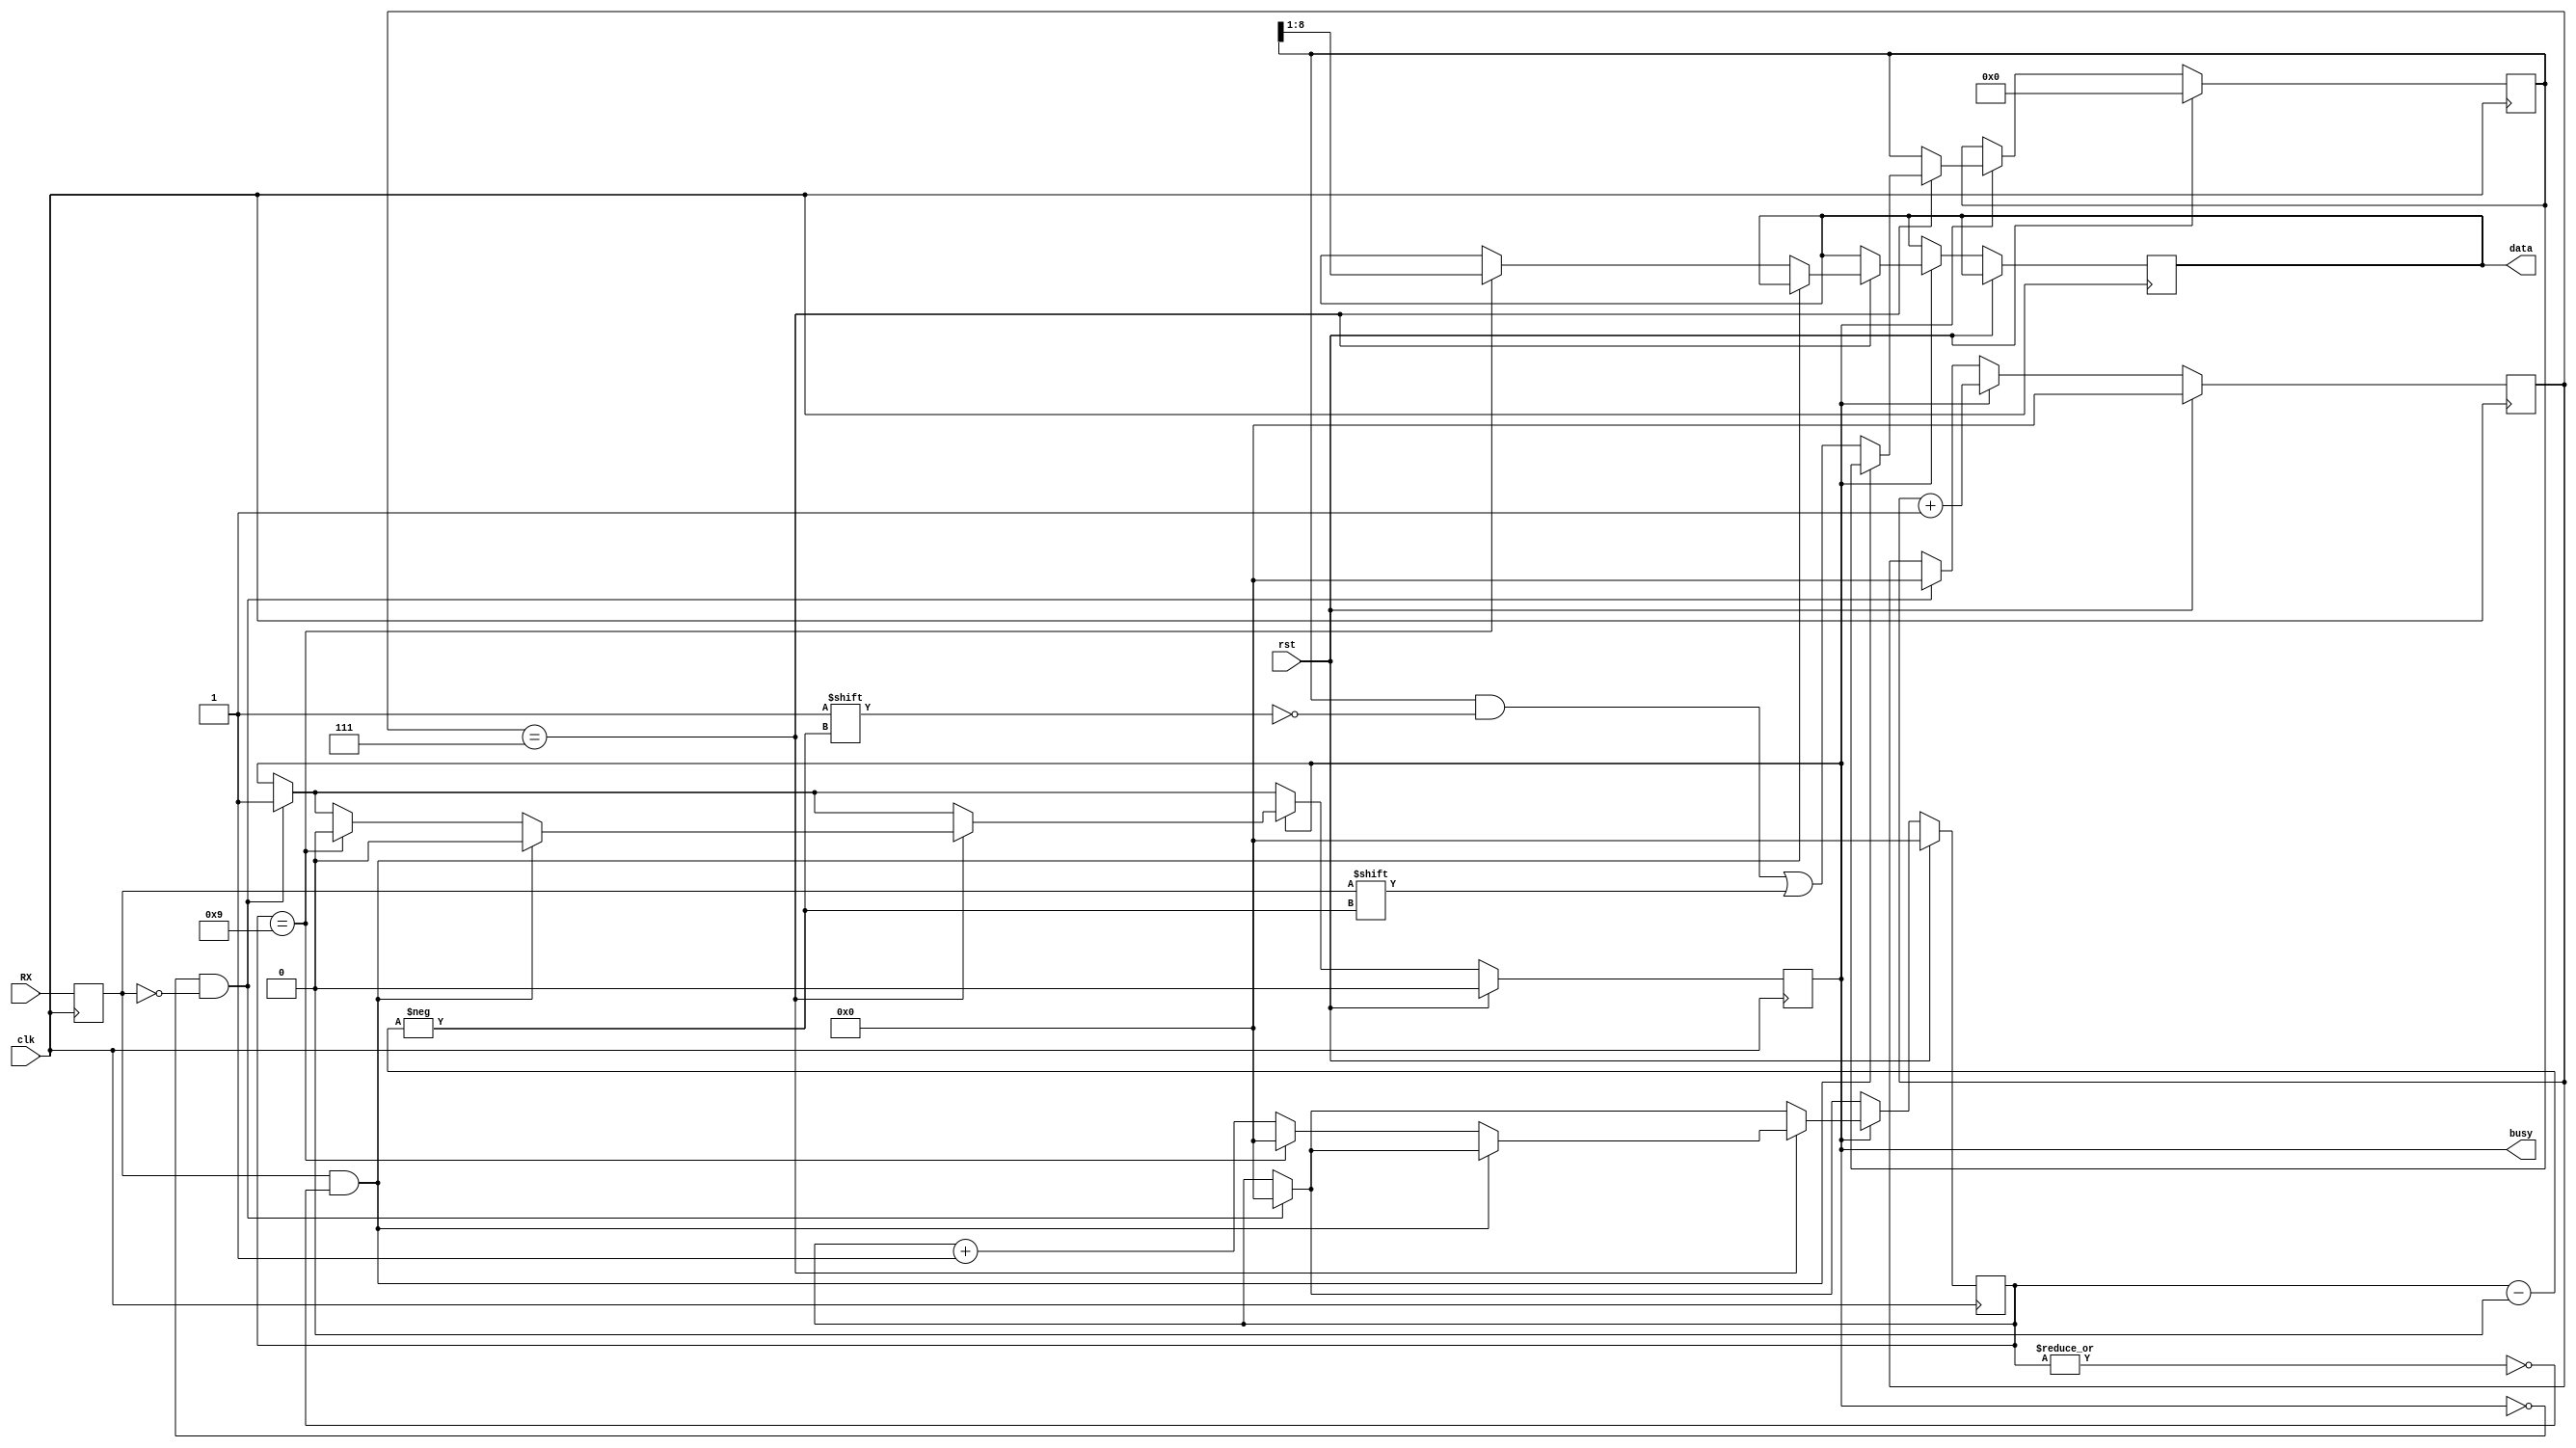
// Simple 8-bit UART receiver
// Description:
// - Samples input line at 16 time the baudrate
// - Receives data in 8-bit chunks, LSB first
// - No parity
// - Single start and stop bit

module UART_RX (
  input clk,            // 16 * baudrate
  input rst,            // enable receiver
  input RX,             // UART receive line
  output reg busy,      // high when receiving
  output reg [7:0] data // received data
);

reg RX_d;
reg [9:0] datafill;
reg [3:0] index;
reg [3:0] sampler;

always @(posedge clk) begin
  RX_d <= RX;
  if (rst) begin
    busy <= 1'b0;
    datafill <= 10'b0;
    index <= 4'b0;
    sampler <= 4'b0;
  end else begin
    if (~busy & ~RX_d) begin
      busy <= 1'b1;
      sampler <= 4'b0;
      index <= 4'b0;
    end
    if (busy) begin
      sampler <= sampler + 1'b1;
      if (sampler == 4'd7) begin
        if (RX_d & ~|index) 
          busy <= 1'b0;
        else begin
          index <= index + 1'b1;
          datafill[index] <= RX_d;
          if (index == 9) begin
            data <= datafill[8:1];
            index <= 4'b0;
            busy <= 1'b0;
          end
        end
      end
    end
  end
end

endmodule